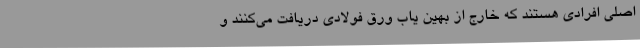
اصلی افرادی هستند که خارج از بهین یاب ورق فولادی دریافت می‌کنند و